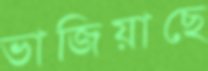
ভাজিয়াছে